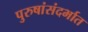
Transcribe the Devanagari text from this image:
पुरुषांसंदर्भात